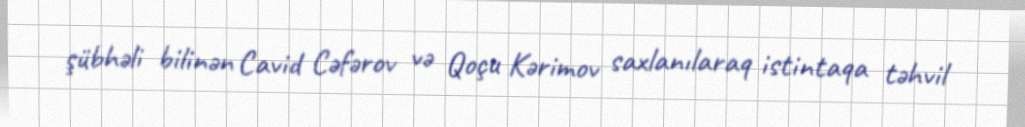
şübhəli bilinən Cavid Cəfərov və Qoçu Kərimov saxlanılaraq istintaqa təhvil